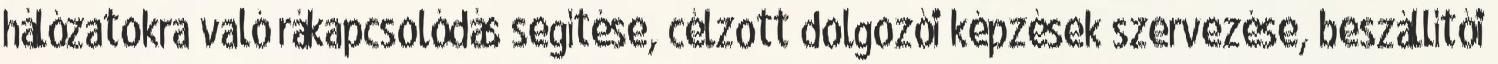
hálózatokra való rákapcsolódás segítése, célzott dolgozói képzések szervezése, beszállítói